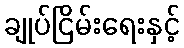
ချုပ်ငြိမ်းရေးနှင့်